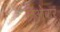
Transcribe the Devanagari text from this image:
निओबार